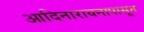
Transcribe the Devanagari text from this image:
आदिनारायनापासून